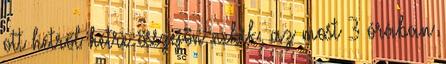
ott hétről hétre összejön nekik, az most 3 órában